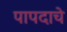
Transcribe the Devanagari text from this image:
पापदाचे